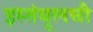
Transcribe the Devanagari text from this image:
इस्तंबूलची